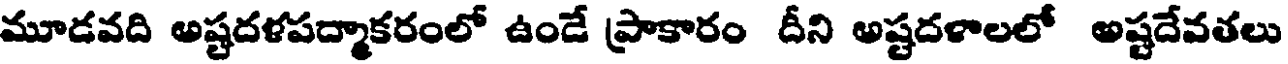
మూడవది అష్టదళపద్మాకరంలో ఉండే ప్రాకారం దీని అష్టదళాలలో అష్టదేవతలు